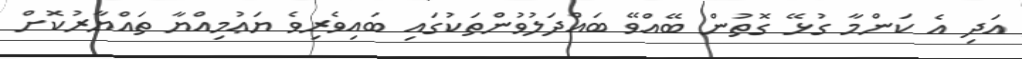
އަދި އެ ކަންމާ ގުޅޭ ގޮތުން ބޭއްވޭ ބައްދަލުވުންތަކުގައި ބައިވެރިވެ ޔަޢުމިއްޔާ ތައްޔާރުކޮށް